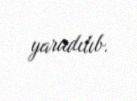
yaradılıb.